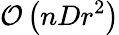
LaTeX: \mathcal{O}\left(nDr^{2}\right)